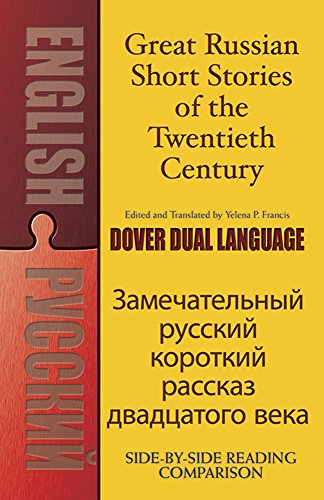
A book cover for Great Russian Short Stories of the Twentieth Century: A Dual-Language Book (Dover Dual Language Russian); Literature & Fiction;